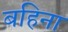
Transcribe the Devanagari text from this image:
बहिना